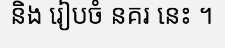
និង រៀបចំ នគរ នេះ ។